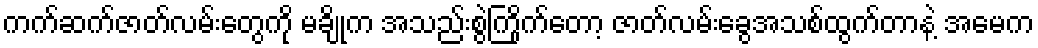
ကက်ဆက်ဇာတ်လမ်းတွေကို မချိုက အသည်းစွဲကြိုက်တော့ ဇာတ်လမ်းခွေအသစ်ထွက်တာနဲ့ အမေက